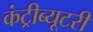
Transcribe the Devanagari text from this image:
कंट्रीब्यूटरी